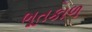
ભૂતકાળ